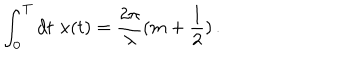
\int _ { 0 } ^ { T } d t \, \, x ( t ) = \frac { 2 \pi } { \lambda } ( m + \frac { 1 } { 2 } ) \, . \nonumber